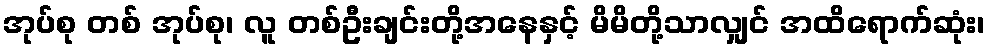
အုပ်စု တစ် အုပ်စု၊ လူ တစ်ဦးချင်းတို့အနေနှင့် မိမိတို့သာလျှင် အထိရောက်ဆုံး၊